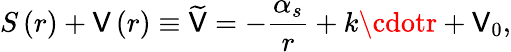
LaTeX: S\left(r\right)+\mathsf{V}\left(r\right)\equiv\widetilde{{\mathsf{V}}}=-\frac{{\alpha_{s}}}{r}+k\cdotr+\mathsf{V}_{0},